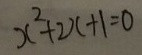
x ^ { 2 } + 2 x + 1 = 0